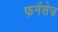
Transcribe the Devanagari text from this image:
फनेंसेज़